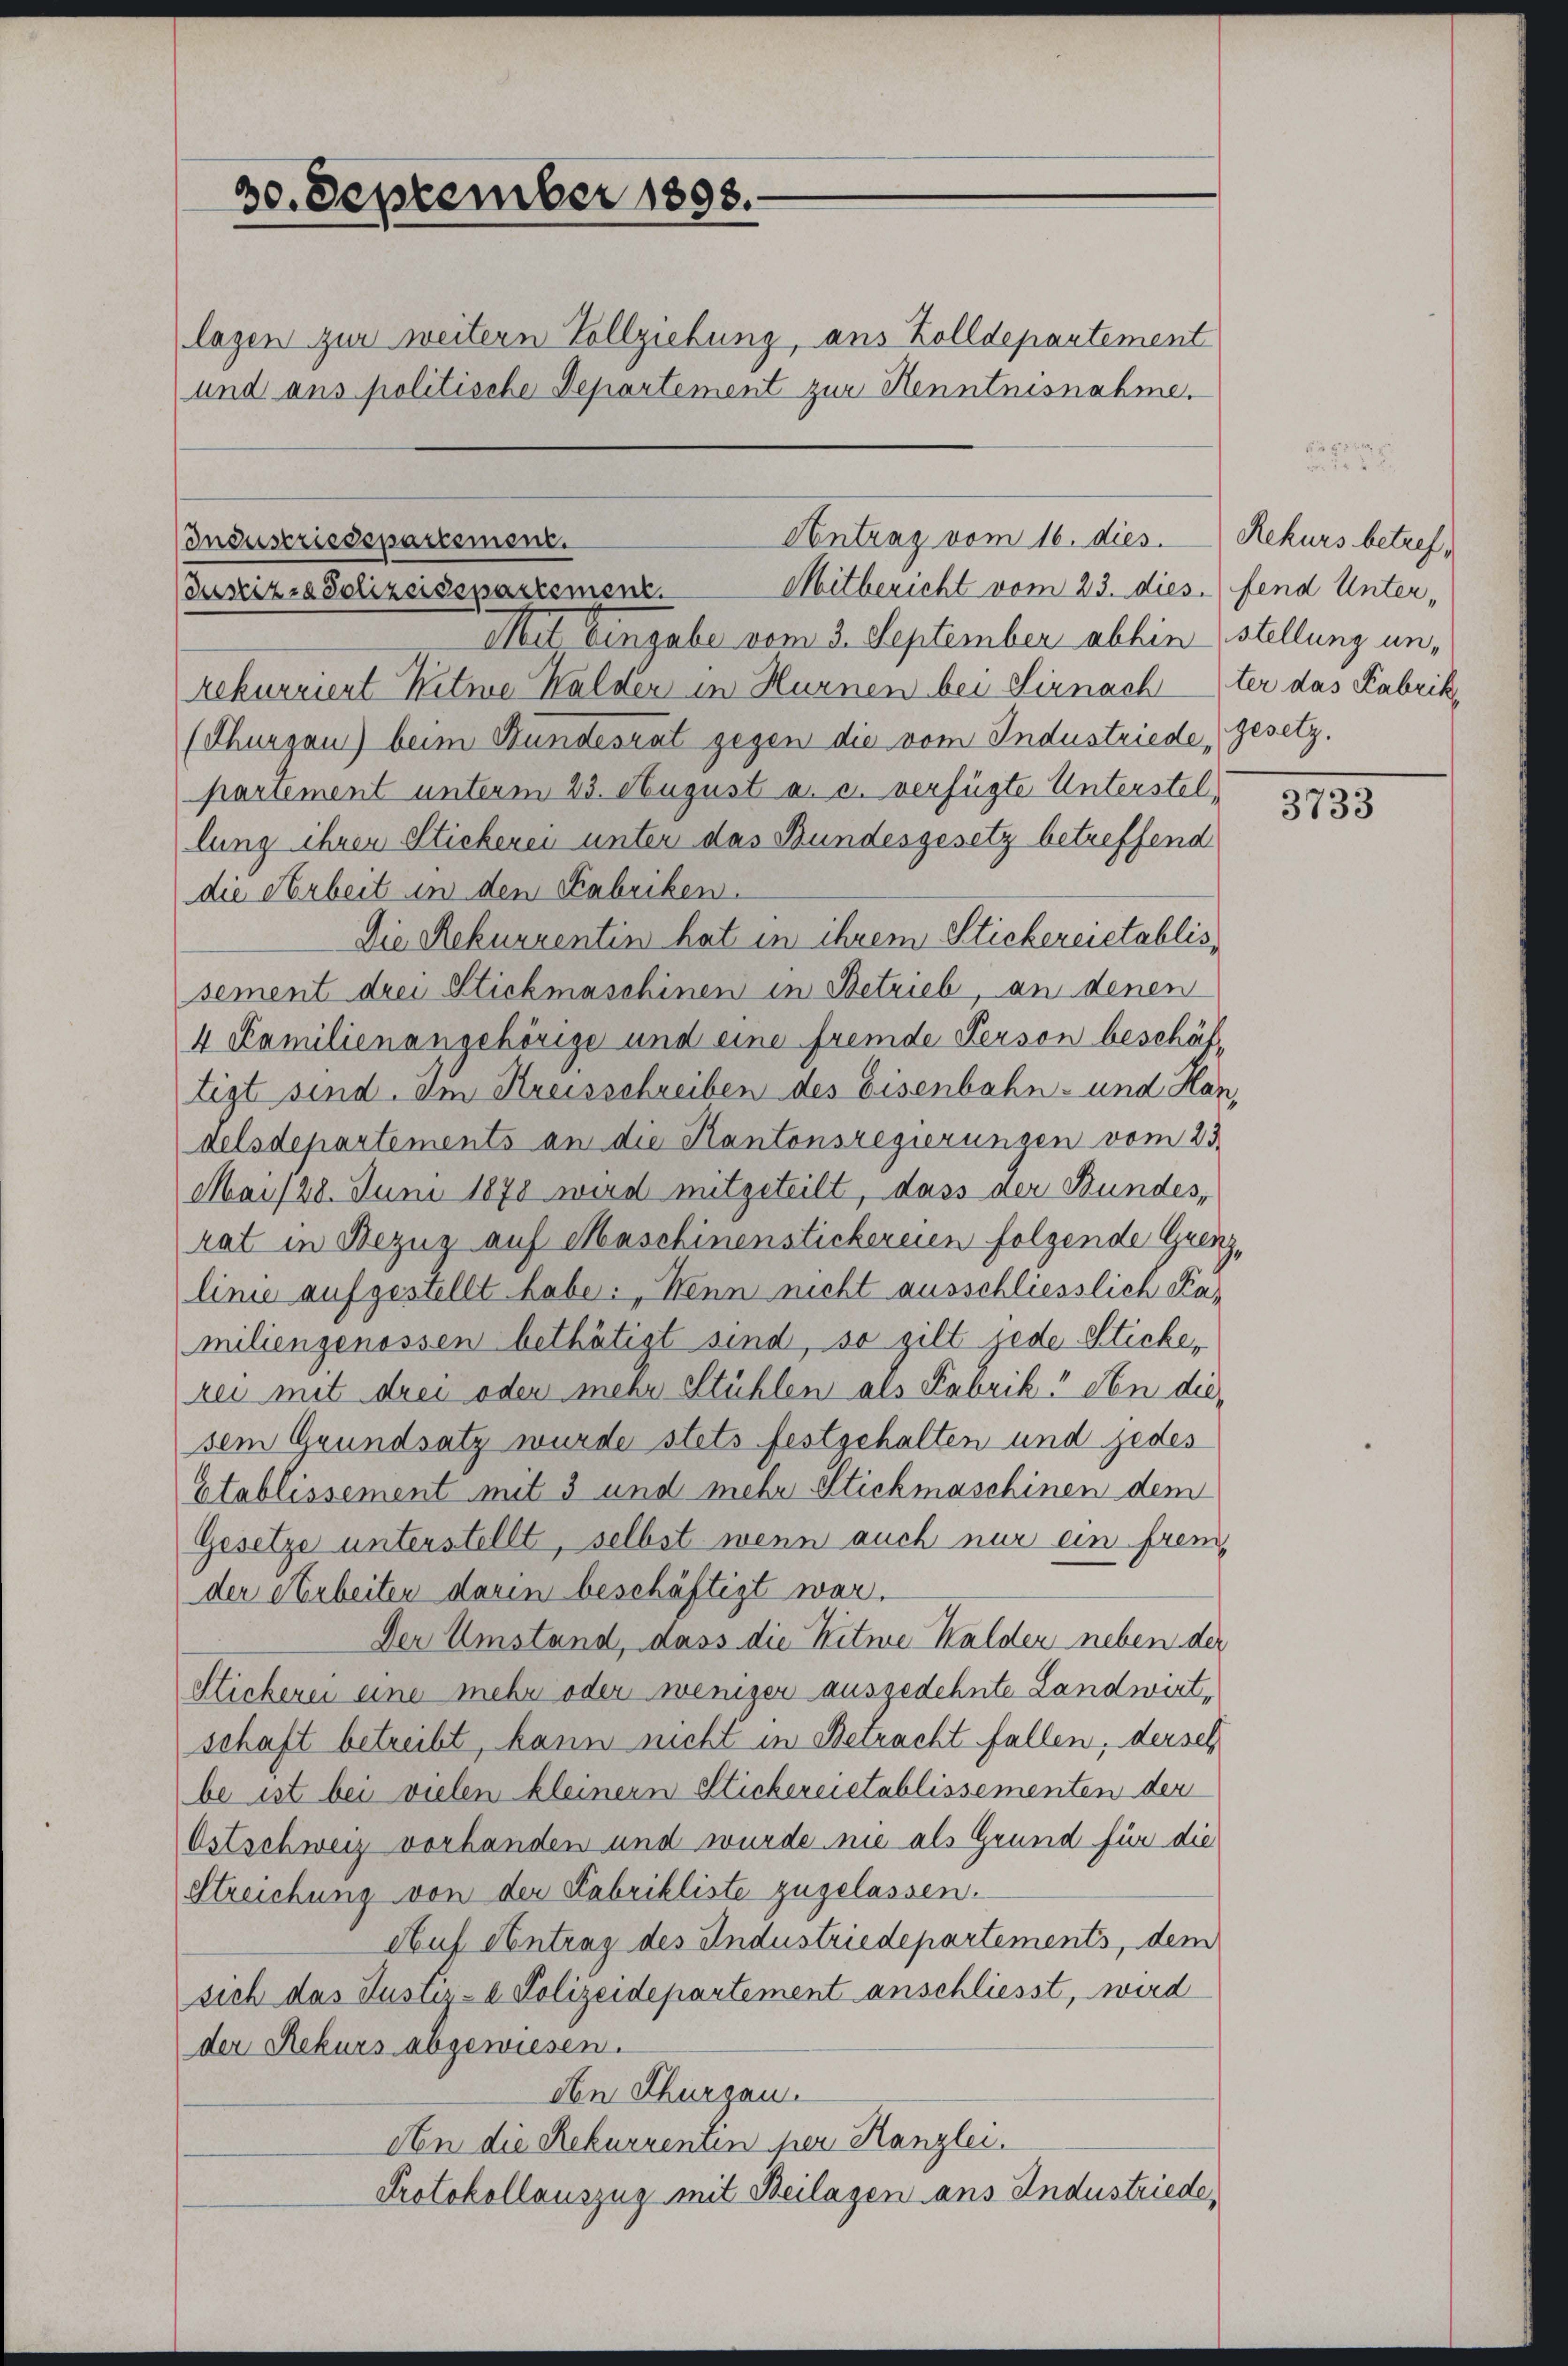
30. September 1898.

lagen zur weitern Vollziehung, aus Zolldepartement
und aus politische Departement zur Kenntnisnahme.

Mit Eingabe vom 3. September abhin stellung unrekurriert Witwe Halden in Hurnen bei Sirnachter das Fabrik,
(Thurgau) beim Bundesrat gegen die vom Industriede, Gesetz.
partement unterm 23. August a. c. verfügte Unterstellung ihren Stickerei unter das Bundesgesetz betreffend
die Arbeit in den Fabriken.
Die Rekurrentin hat in ihrem Stickereietablis
sement drei Stickmaschinen in Betrieb, an denen
4 Familienangehörige und eine fremde Person beschäftigt sind. Im Kreisschreiben des Eisenbahn- und Han
delsdepartements an die Kantonsregierungen vom 23.
Mai/28. Juni 1878 wird mitgeteilt, dass der Bundes,
rat in Bezug auf Maschinenstickereien folgende Grenz,
linie aufgestellt habe: „Wenn nicht ausschliesslich Kamiliengenossen bethätigt sind, so gilt jede Sticherei mit drei oder mehr Stühlen als Fabrik an diesem Grundsatz wurde stets festgehalten und jedes
Etablissement mit 3 und mehr Stickmaschinen dem
Gesetze unterstellt, selbst wenn auch nur ein fremder Arbeiten darin beschäftigt war.
Der Umstand, dass die Witwe Kalder neben der
Stickerei eine mehr oder weniger ausgedehnte Landwirt,
schaft betreibt, kann nicht in Betracht fallen, derseh
be ist bei vielen kleinern Stickereietablissementen der
Ostschweiz vorhanden und wurde nie als Grund für die
Streichung von der Fabrikliste zugelassen.
Auf Antrag des Industriedepartements, dem
sich das Justiz- & Polizeidepartement anschliesst, wird
der Rekurs abgewiesen.
den Thurgau.
An die Rekurrentin per Kanzlei.
Protokollauszug mit Beilagen ans Industriede,

Antrag vom 16. dies
Industriesepartement.
Mitbericht vom 23. dies. (fend Unter¬
Justizia Polizeidepartement.

Rekurs betref¬

3733